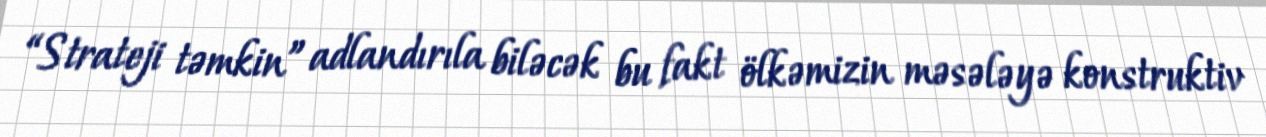
“Strateji təmkin” adlandırıla biləcək bu fakt ölkəmizin məsələyə konstruktiv